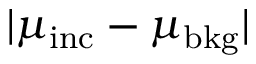
| \mu _ { \mathrm { i n c } } - \mu _ { \mathrm { b k g } } |